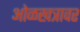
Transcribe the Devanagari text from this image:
ओळखत्रावर